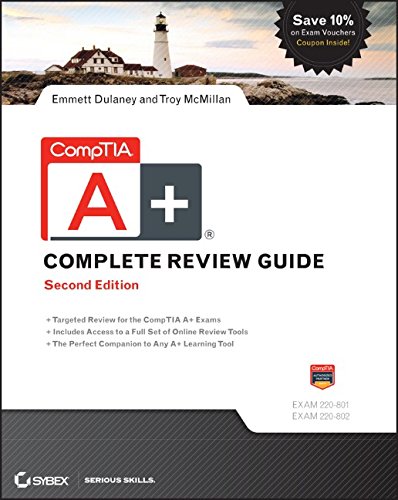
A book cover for CompTIA A+ Complete Review Guide: Exams 220-801 and 220-802; Emmett Dulaney; Computers & Technology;